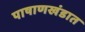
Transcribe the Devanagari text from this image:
पाषाणखंडात